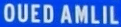
OUEDAMLIL